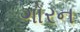
ગોરન